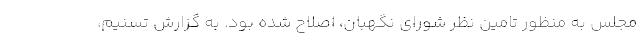
مجلس به منظور تامین نظر شورای نگهبان، اصلاح شده بود. به گزارش تسنیم،